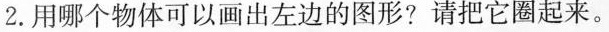
2.用哪个物体可以画出左边的图形?请把它圈起来。